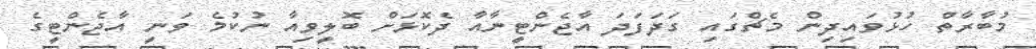
މުބާރާތް ހުޅުވައިދިން މެޗްގައި ގަދަފަދަ އާޖެންޓީނާއާ ދެކޮޅަށް ބޮލީވިއާ ނުކުމެ ވަނީ އާޖެންޓީގެ